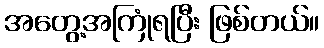
အတွေ့အကြုံရပြီး ဖြစ်တယ်။